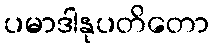
ပမာဒါနုပတိတော